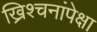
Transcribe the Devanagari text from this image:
ख्रिश्चनांपेक्षा